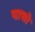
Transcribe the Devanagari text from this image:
पाचो